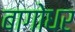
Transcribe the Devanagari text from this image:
बागोधर